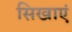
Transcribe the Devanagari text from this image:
सिखाएं